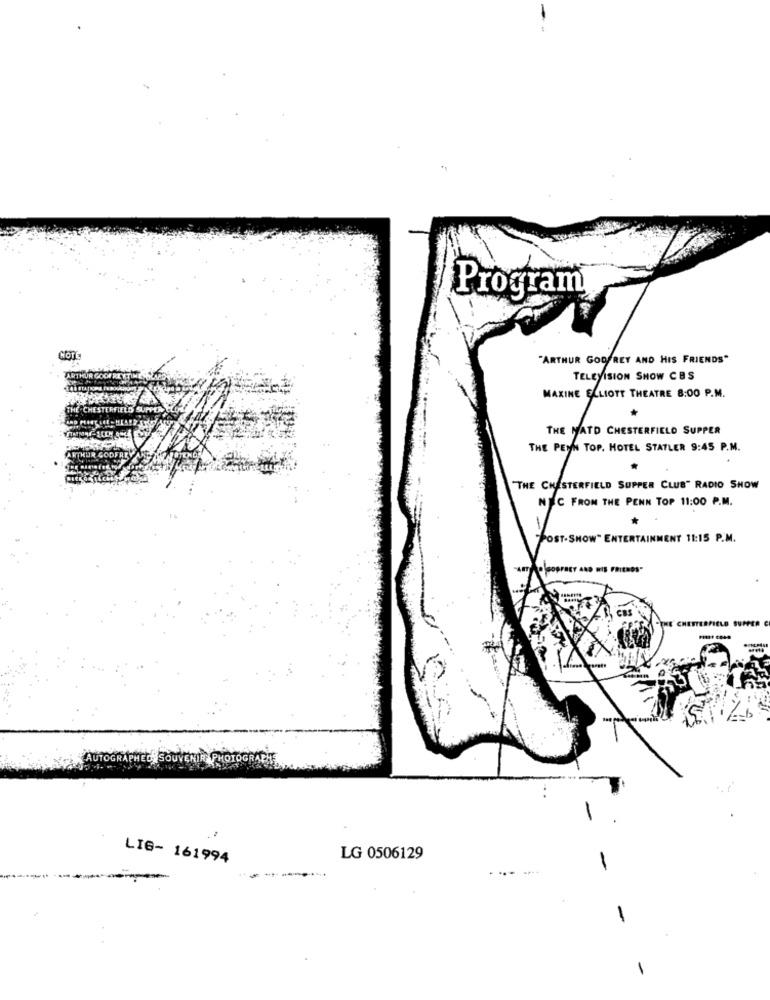
Program
"ARTHUR GODFREY AND HIS FRIENDS"
TELEVISION SHOW CBS
MAXINE ELLIOTT THEATRE 8:00 P.M.
THE MATO CHESTERFIELD SUPPER
THE PENN TOP. HOTEL STATLER 9:45 P.M.
THE CHESTERFIELD SUPPER CLUB" RADIO SHOW
NEC FROM THE PENN TOP 11:00 P.M.
POST-SHOW" ENTERTAINMENT 11:15 P.M.
CHESTERFIELD SUPPER C
LIG- 161994
LG 0506129